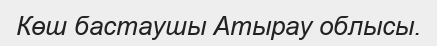
Көш бастаушы Атырау облысы.